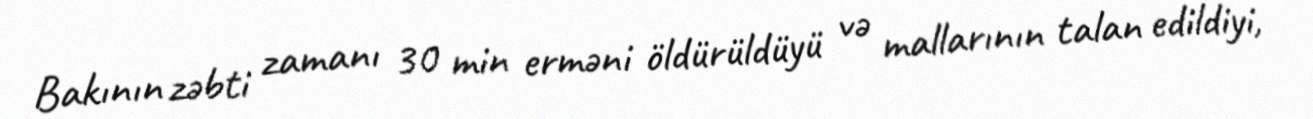
Bakının zəbti zamanı 30 min erməni öldürüldüyü və mallarının talan edildiyi,